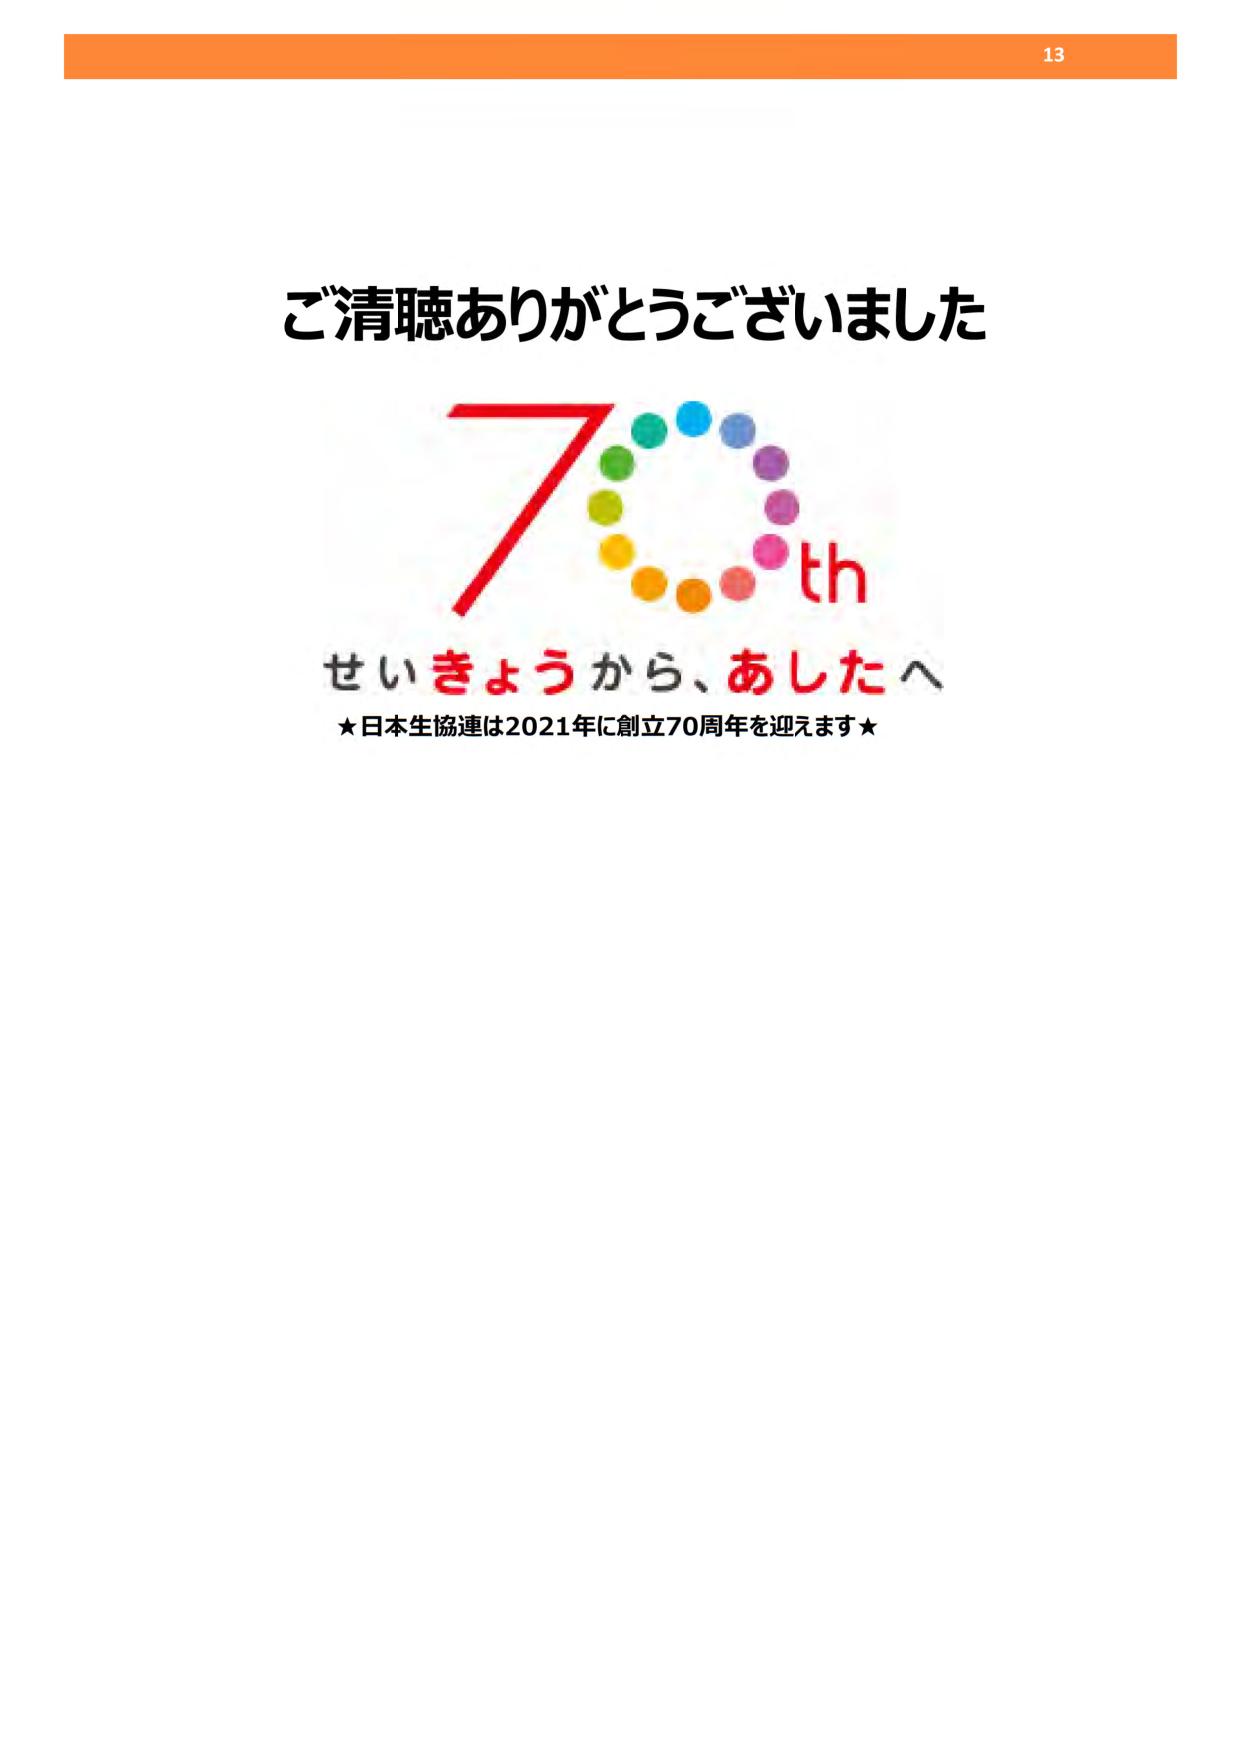
ご清聴ありがとうございました

70th

せいきょうから、あしたへ

★日本生協連は2021年に創立70周年を迎えます★

13